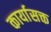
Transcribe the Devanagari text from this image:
कार्यासक्त